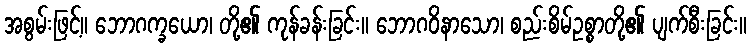
အစွမ်းဖြင့်။ ဘောဂက္ခယော၊ တို့၏ ကုန်ခန်းခြင်း။ ဘောဂဝိနာသော၊ စည်းစိမ်ဥစ္စာတို့၏ ပျက်စီးခြင်း။